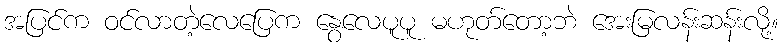
အပြင်က ဝင်လာတဲ့လေပြေက နွေလေပူပူ မဟုတ်တော့ဘဲ အေးမြလန်းဆန်းလို့။